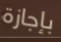
بإجازة